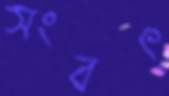
সংবৎ